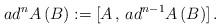
LaTeX: \begin{align*}ad^n A\,(B):=[A\,,\,ad^{n-1} A\,(B)]\,.\end{align*}